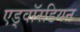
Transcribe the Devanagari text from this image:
एड्वॉरडियन